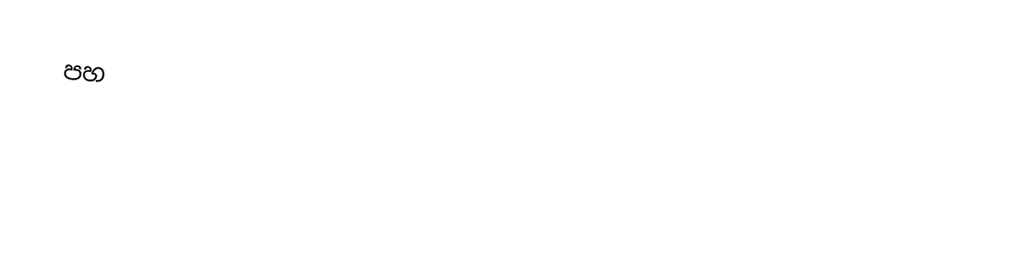
පහ